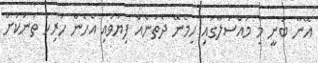
އޭނާ ބުނީ މި މައްސަލާގައި ހިމެނޭ ދެތަނެއް ފިޔަވައި އެހެން ހުރިހާ ތަނަކަށް